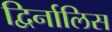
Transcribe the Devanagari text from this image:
द्विर्नालिस